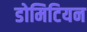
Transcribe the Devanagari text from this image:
डोमिटियन